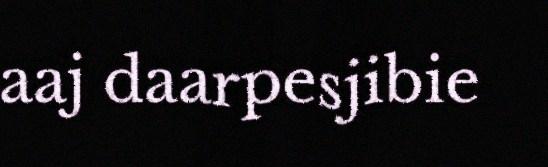
aaj daarpesjibie